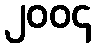
၂၀၀၄